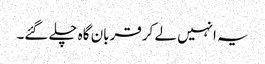
یہ انہیں لے کر قربان گاہ چلے گئے۔